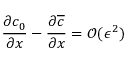
\frac { \partial c _ { 0 } } { \partial x } - \frac { \partial \overline { { c } } } { \partial x } = \mathcal { O } ( \epsilon ^ { 2 } )